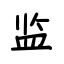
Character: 监